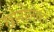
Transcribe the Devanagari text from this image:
खानोलकर।